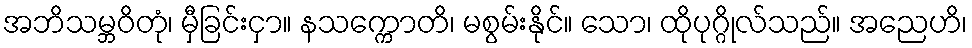
အဘိသမ္ဘဝိတုံ၊ မှီခြင်းငှာ။ နသက္ကောတိ၊ မစွမ်းနိုင်။ သော၊ ထိုပုဂ္ဂိုလ်သည်။ အညေဟိ၊